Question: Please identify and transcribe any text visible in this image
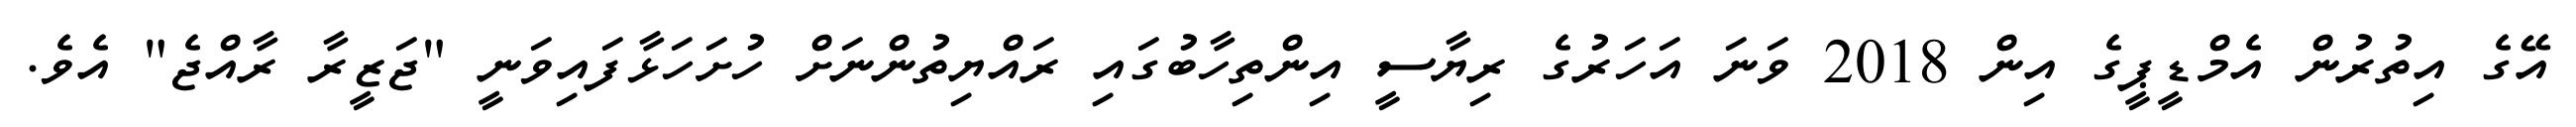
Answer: އޭގެ އިތުރުން އެމްޑީޕީގެ އިން 2018 ވަނަ އަހަރުގެ ރިޔާސީ އިންތިހާބުގައި ރައްޔިތުންނަށް ހުށަހަޅާފައިވަނީ "ޖަޒީރާ ރާއްޖެ" އެވެ.